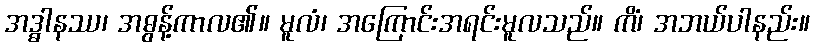
အဒ္ဓါနဿ၊ အဓွန့်ကာလ၏။ မူလံ၊ အကြောင်းအရင်းမူလသည်။ ကိံ၊ အဘယ်ပါနည်း။